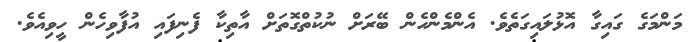
މަންމަގެ ގައިގާ އޮޅުލައިގަތެވެ. އެންމެންހެން ބޭރަށް ނުކުތްގޮތަށް އާތިކާ ފެނިފައި އުފާވިހެން ހީވިއެވެ.